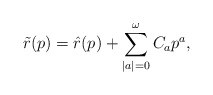
\begin{align*}\tilde{r}(p) = \hat{r}(p) + \sum_{\mid a \mid = 0}^{\omega} C_a p^{a} ,\end{align*}